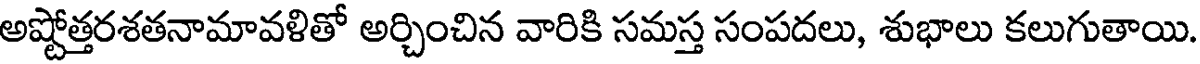
అష్టోత్తరశతనామావళితో అర్చించిన వారికి సమస్త సంపదలు, శుభాలు కలుగుతాయి